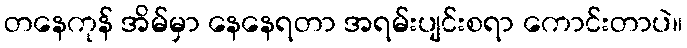
တနေကုန် အိမ်မှာ နေနေရတာ အရမ်းပျင်းစရာ ကောင်းတာပဲ။